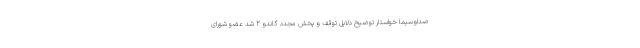
صداوسیما خواستار توضیح دلایل توقف و پخش مجدد گاندو 2 شد عضو شورای